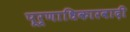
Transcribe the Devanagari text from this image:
पूर्णाधिकारवादी